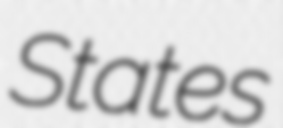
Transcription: States